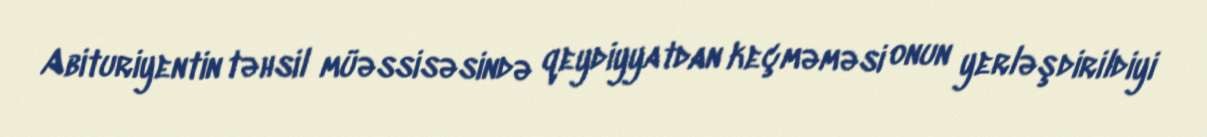
Abituriyentin təhsil müəssisəsində qeydiyyatdan keçməməsi onun yerləşdirildiyi